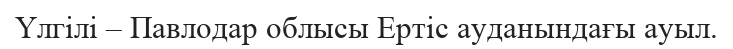
Үлгілі – Павлодар облысы Ертіс ауданындағы ауыл.